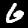
Label: 6